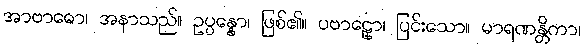
အာဗာဓော၊ အနာသည်။ ဥပ္ပန္နော၊ ဖြစ်၏။ ပဗာဠှော၊ ပြင်းသော။ မာရဏန္တိကာ၊